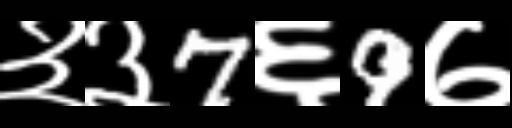
Text: ३३7६9७